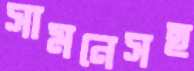
সামনেসহ